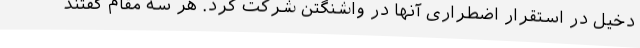
دخیل در استقرار اضطراری آنها در واشنگتن شرکت کرد. هر سه مقام گفتند